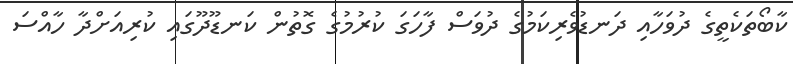
ކާބޯތަކެތީގެ ދުވަހާއި ދަނޑުވެރިކަމުގެ ދުވަސް ފާހަގަ ކުރުމުގެ ގޮތުން ކަނޑޫދޫގައި ކުރިއަށްދާ ހާއްސަ